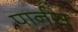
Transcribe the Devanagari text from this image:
पार्नस